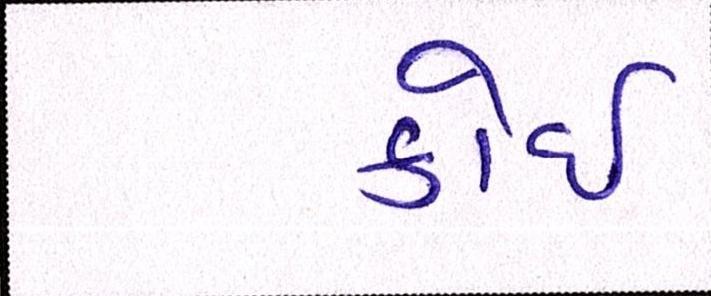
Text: કોઈ